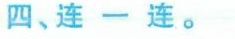
四、连一连。